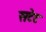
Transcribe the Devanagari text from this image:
सटेट